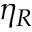
\eta _ { R }